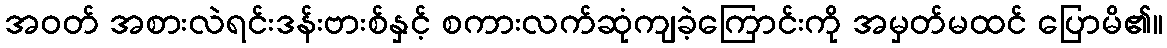
အဝတ် အစားလဲရင်းဒန်းဗားစ်နှင့် စကားလက်ဆုံကျခဲ့ကြောင်းကို အမှတ်မထင် ပြောမိ၏။